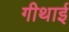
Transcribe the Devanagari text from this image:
गीथाई